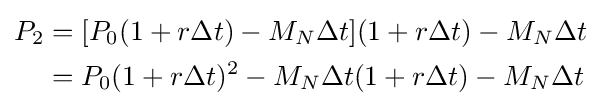
{\begin{aligned}P_{2}&=[P_{0}(1+r\Delta t)-M_{N}\Delta t](1+r\Delta t)-M_{N}\Delta t\\&=P_{0}(1+r\Delta t)^{2}-M_{N}\Delta t(1+r\Delta t)-M_{N}\Delta t\end{aligned}}